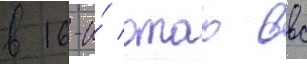
в 16-и́ отао ввс